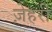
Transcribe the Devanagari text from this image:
ज़ेहरी